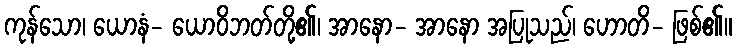
ကုန်သော၊ ယောနံ- ယောဝိဘတ်တို့၏၊ အာနော- အာနော အပြုသည်၊ ဟောတိ- ဖြစ်၏။